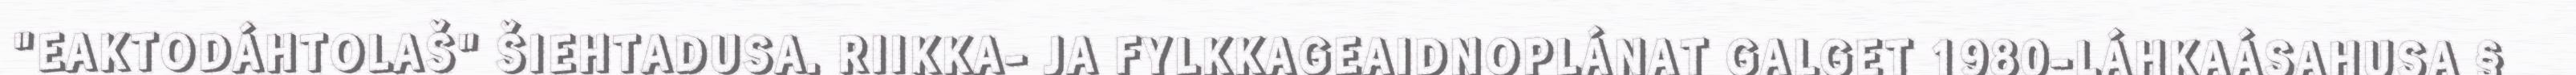
"EAKTODÁHTOLAŠ" ŠIEHTADUSA. RIIKKA- JA FYLKKAGEAIDNOPLÁNAT GALGET 1980-LÁHKAÁSAHUSA §